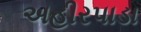
અહીરપાડા